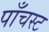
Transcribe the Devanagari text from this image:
पाँचस्ट